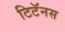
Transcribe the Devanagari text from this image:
टिटॅनस